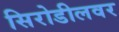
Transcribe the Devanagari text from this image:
सिरोडीलवर